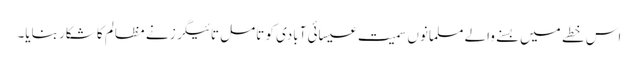
اس خطے میں بسنے والے مسلمانوں سمیت عیسائی آبادی کو تامل تائیگرز نے مظالم کا شکار بنایا۔